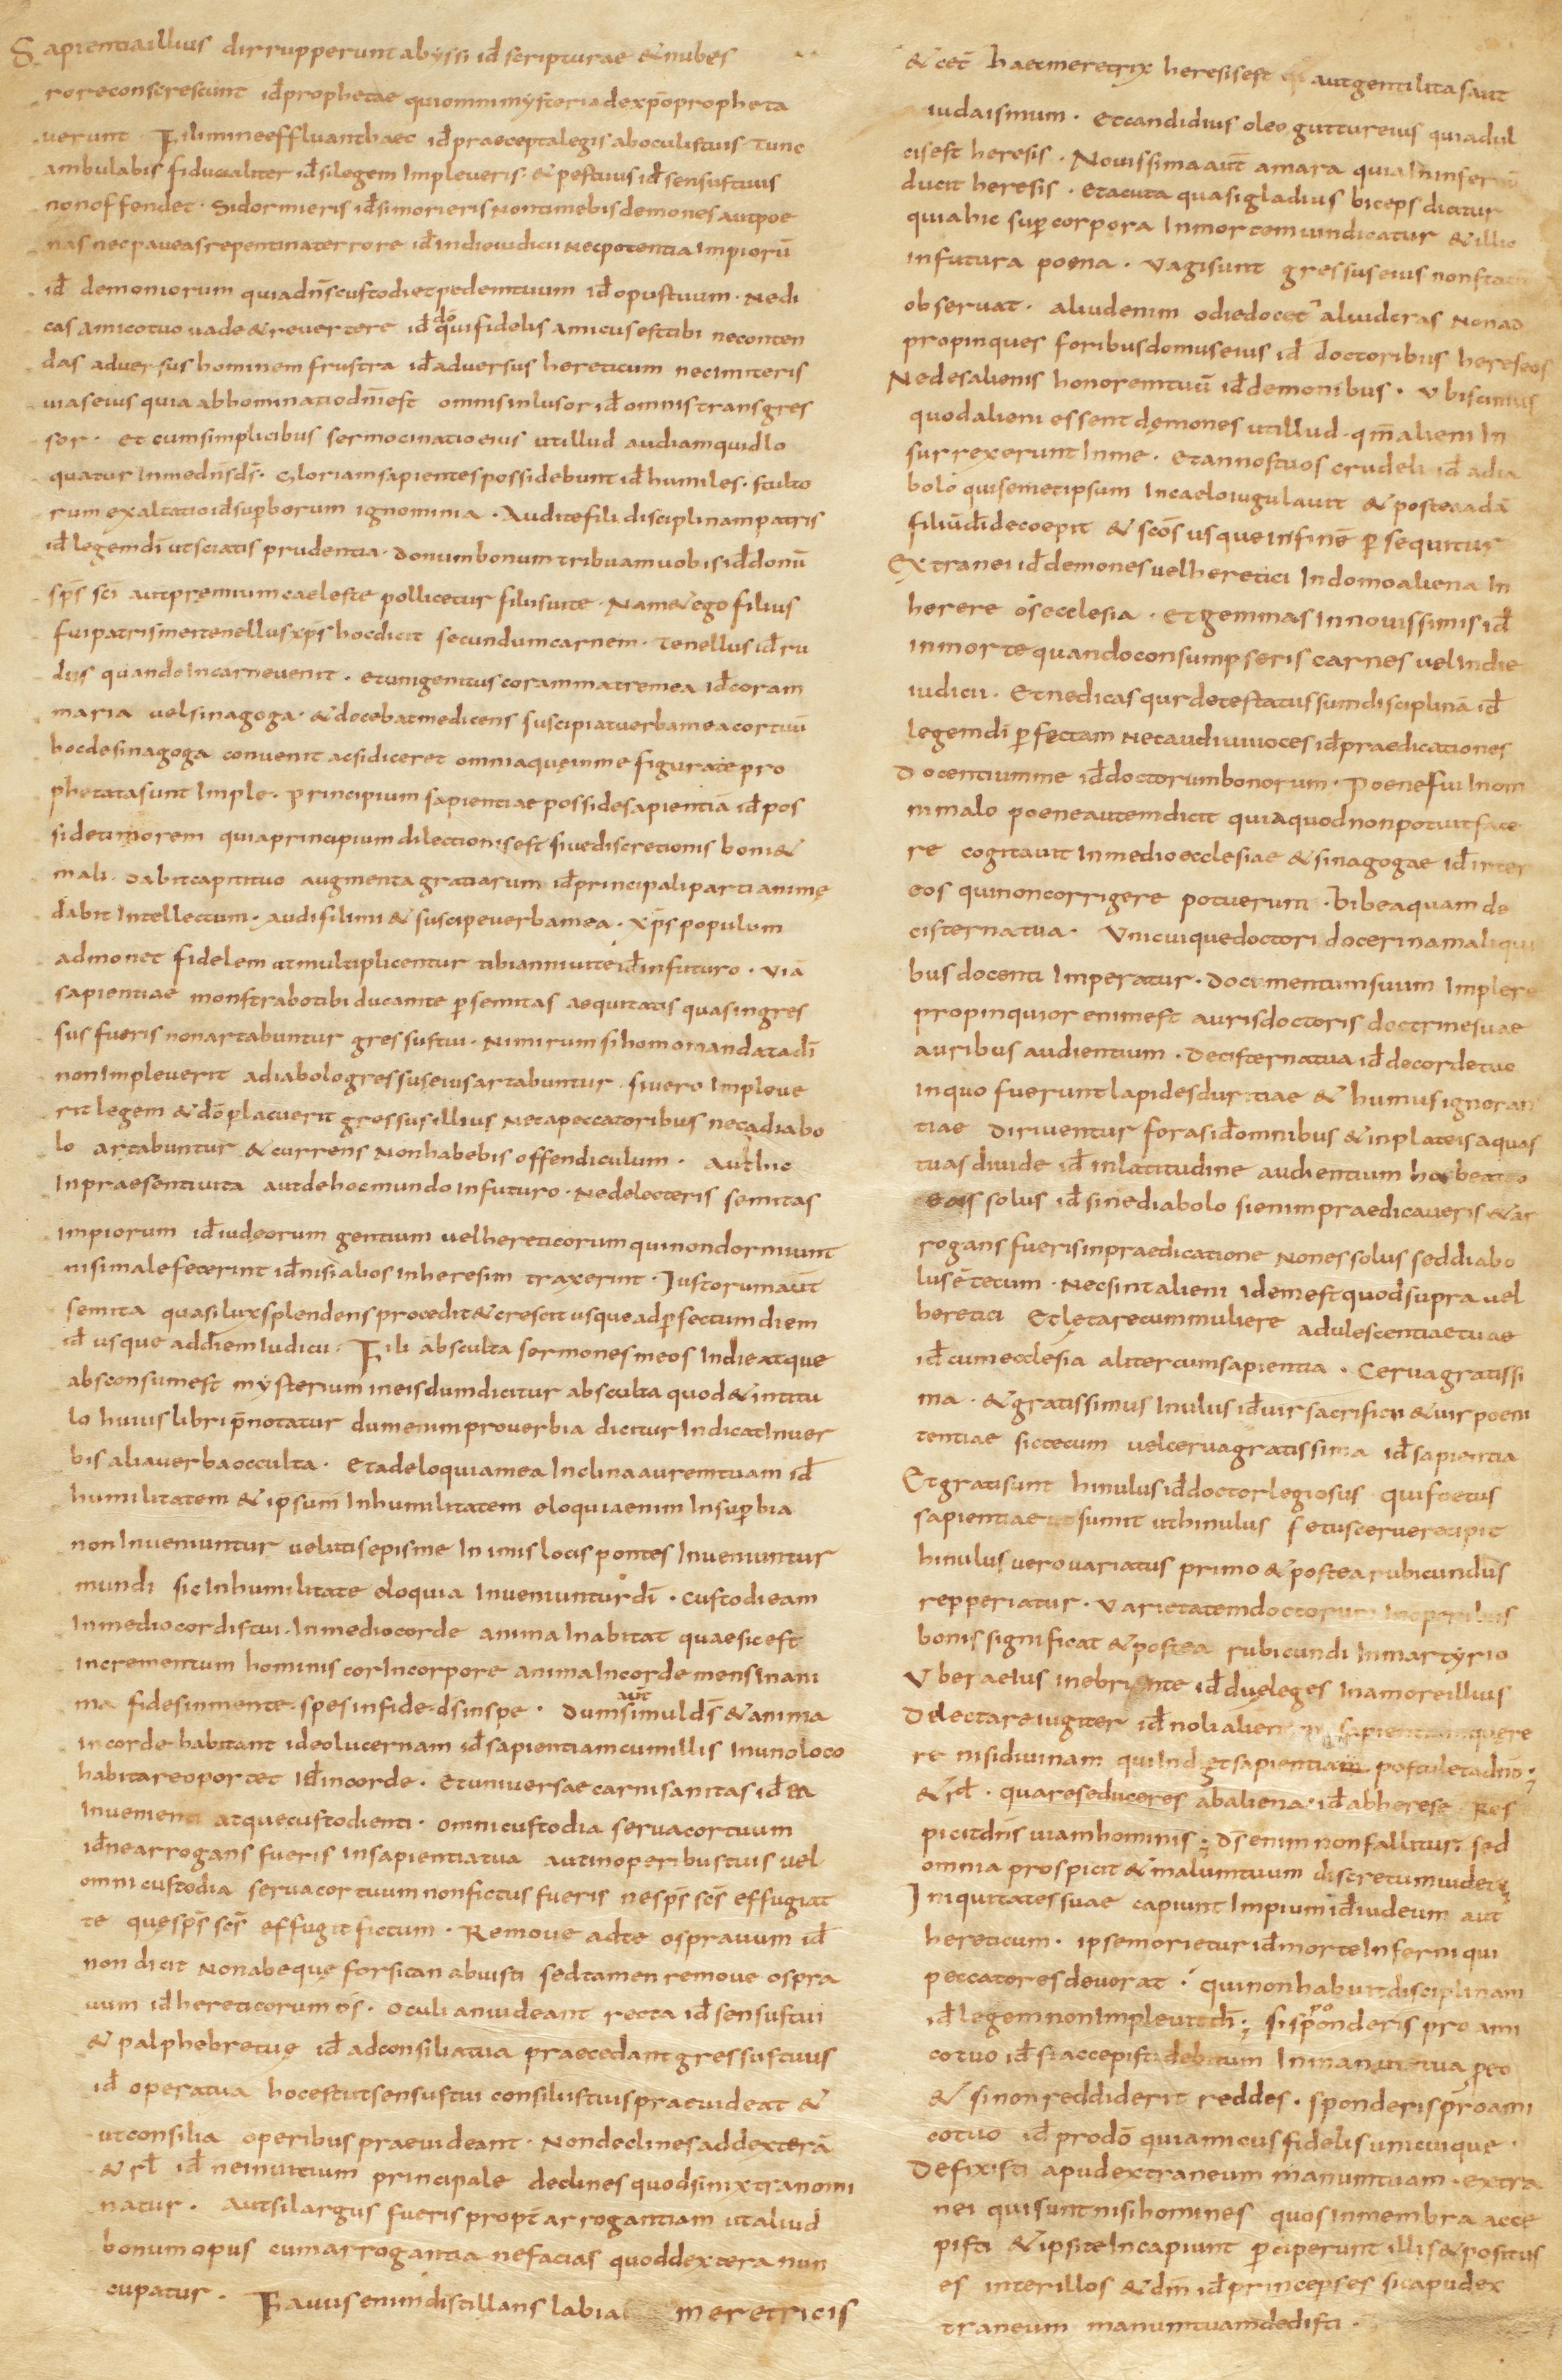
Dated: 800–824